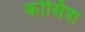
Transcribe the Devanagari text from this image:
कोसिश